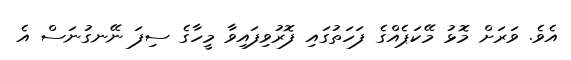
އެވެ. ވަރަށް މޮޅު މޭކަޕެއްގެ ފަހަތުގައި ފޮރުވިފައިވާ މީހާގެ ސިފަ ނޭނގުނަސް އެ